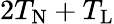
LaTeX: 2T_{\mathrm{N}}+T_{\mathrm{L}}